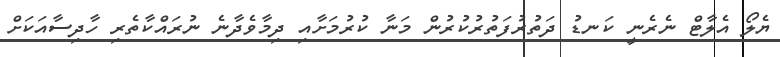
ޔެލޯ އެލާޓް ނެރެނީ ކަނޑު ދަތުރުފަތުރުކުރުން މަނާ ކުރުމަށާއި ދިމާވެދާނެ ނުރައްކާތެރި ހާދިސާއަކަށް